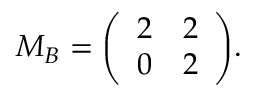
M _ { B } = { \left( \begin{array} { l l } { 2 } & { 2 } \\ { 0 } & { 2 } \end{array} \right) } .